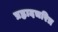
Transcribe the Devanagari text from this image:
प्रह्लादचरित्र